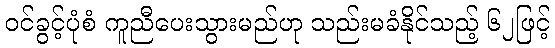
ဝင်ခွင့်ပုံစံ ကူညီပေးသွားမည်ဟု သည်းမခံနိုင်သည့် ၆၂ဖြင့်